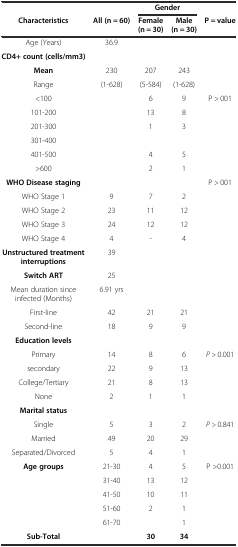
<table><thead><tr><td></td><td></td><td colspan="2"><b>Gender</b></td><td></td></tr><tr><td><b>Characteristics</b></td><td><b>All (n = 60)</b></td><td><b>Female (n = 30)</b></td><td><b>Male (n = 30)</b></td><td><b>P = value</b></td></tr></thead><tbody><tr><td>Age (Years)</td><td>36.9</td><td></td><td></td><td></td></tr><tr><td><b>CD4+ count (cells/mm3)</b></td><td></td><td></td><td></td><td></td></tr><tr><td><b>Mean</b></td><td>230</td><td>207</td><td>243</td><td></td></tr><tr><td>Range</td><td>(1-628)</td><td>(5-584)</td><td>(1-628)</td><td></td></tr><tr><td>&lt;100</td><td></td><td>6</td><td>9</td><td>P &gt; 001</td></tr><tr><td>101-200</td><td></td><td>13</td><td>8</td><td></td></tr><tr><td>201-300</td><td></td><td>1</td><td>3</td><td></td></tr><tr><td>301-400</td><td></td><td></td><td></td><td></td></tr><tr><td>401-500</td><td></td><td>4</td><td>5</td><td></td></tr><tr><td>&gt;600</td><td></td><td>2</td><td>1</td><td></td></tr><tr><td><b>WHO Disease staging</b></td><td></td><td></td><td></td><td>P &gt; 001</td></tr><tr><td>WHO Stage 1</td><td>9</td><td>7</td><td>2</td><td></td></tr><tr><td>WHO Stage 2</td><td>23</td><td>11</td><td>12</td><td></td></tr><tr><td>WHO Stage 3</td><td>24</td><td>12</td><td>12</td><td></td></tr><tr><td>WHO Stage 4</td><td>4</td><td>-</td><td>4</td><td></td></tr><tr><td><b>Unstructured treatment interruptions</b></td><td>39</td><td></td><td></td><td></td></tr><tr><td><b>Switch ART</b></td><td>25</td><td></td><td></td><td></td></tr><tr><td>Mean duration since infected (Months)</td><td>6.91 yrs</td><td></td><td></td><td></td></tr><tr><td>First-line</td><td>42</td><td>21</td><td>21</td><td></td></tr><tr><td>Second-line</td><td>18</td><td>9</td><td>9</td><td></td></tr><tr><td><b>Education levels</b></td><td></td><td></td><td></td><td></td></tr><tr><td>Primary</td><td>14</td><td>8</td><td>6</td><td><i>P &gt;</i> 0.001</td></tr><tr><td>secondary</td><td>22</td><td>9</td><td>13</td><td></td></tr><tr><td>College/Tertiary</td><td>21</td><td>8</td><td>13</td><td></td></tr><tr><td>None</td><td>2</td><td>1</td><td>1</td><td></td></tr><tr><td><b>Marital status</b></td><td></td><td></td><td></td><td></td></tr><tr><td>Single</td><td>5</td><td>3</td><td>2</td><td><i>P &gt;</i> 0.841</td></tr><tr><td>Married</td><td>49</td><td>20</td><td>29</td><td></td></tr><tr><td>Separated/Divorced</td><td>5</td><td>4</td><td>1</td><td></td></tr><tr><td><b>Age groups</b></td><td>21-30</td><td>4</td><td>5</td><td>P &gt;0.001</td></tr><tr><td></td><td>31-40</td><td>13</td><td>12</td><td></td></tr><tr><td></td><td>41-50</td><td>10</td><td>11</td><td></td></tr><tr><td></td><td>51-60</td><td>2</td><td>1</td><td></td></tr><tr><td></td><td>61-70</td><td></td><td>1</td><td></td></tr><tr><td><b>Sub-Total</b></td><td></td><td><b>30</b></td><td><b>34</b></td><td></td></tr></tbody></table>